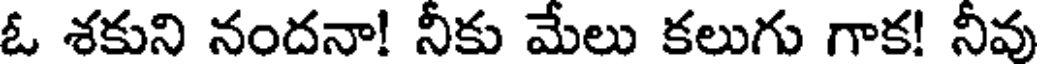
ఓ శకుని నందనా! నీకు మేలు కలుగు గాక! నీవు